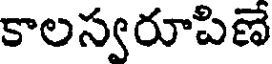
కాలస్వరూపిణే